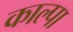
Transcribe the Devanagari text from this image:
काल्पा